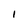
Character: 1